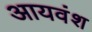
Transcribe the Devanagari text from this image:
आयवंश